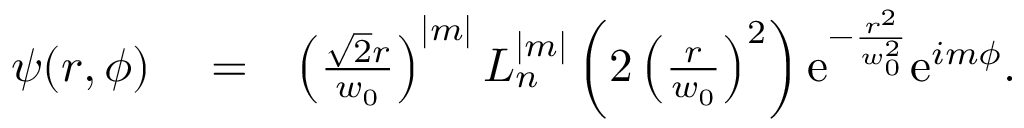
\begin{array} { r l r } { \psi ( r , \phi ) } & { { } = } & { \left( \frac { \sqrt { 2 } r } { w _ { 0 } } \right) ^ { | m | } L _ { n } ^ { | m | } \left( 2 \left( \frac { r } { w _ { 0 } } \right) ^ { 2 } \right) \mathrm { e } ^ { - \frac { r ^ { 2 } } { w _ { 0 } ^ { 2 } } } \mathrm { e } ^ { i m \phi } . } \end{array}